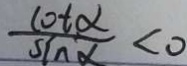
\frac { \cot \alpha } { \sin \alpha } < o